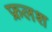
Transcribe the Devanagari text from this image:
फ्रलश